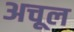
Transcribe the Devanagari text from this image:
अचूल